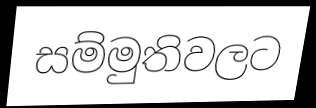
සම්මුතිවලට